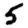
Digit: 5